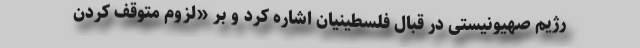
رژیم صهیونیستی در قبال فلسطینیان اشاره کرد و بر «لزوم متوقف کردن